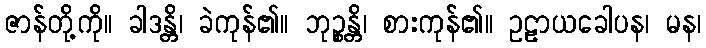
ဇာန်တို့ကို။ ခါဒန္တိ၊ ခဲကုန်၏။ ဘုဉ္စန္တိ၊ စားကုန်၏။ ဥဠာယခေါပန၊ မန၊